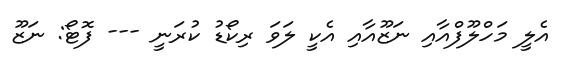
އެލީ މަހްލޫފްއާއި ނަޒޫއާއި އެކީ ލަަވަ ރިކޯޑު ކުރަނީ --- ފޮޓޯ: ނަޒޫ